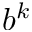
b ^ { k }